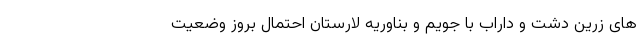
های زرین دشت و داراب با جویم و بناوریه لارستان احتمال بروز وضعیت